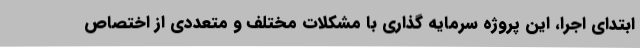
ابتدای اجرا، این پروژه سرمایه گذاری با مشکلات مختلف و متعددی از اختصاص